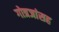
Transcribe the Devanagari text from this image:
गोत्रजांसह